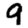
Digit: 9